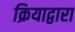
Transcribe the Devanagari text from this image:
क्रियाद्वारा